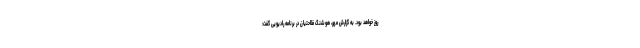
روز خواهد بود. به گزارش مهر، هوشنگ فلاحتیان در برنامه رادیویی گفت: